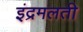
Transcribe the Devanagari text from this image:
इंद्रमलती